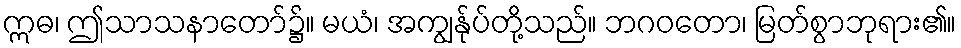
ဣဓ၊ ဤသာသနာတော်၌။ မယံ၊ အကျွန်ုပ်တို့သည်။ ဘဂဝတော၊ မြတ်စွာဘုရား၏။